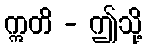
ဣတိ - ဤသို့